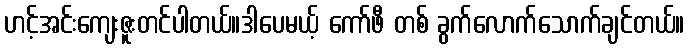
ဟင့်အင်းကျေးဇူးတင်ပါတယ်။ဒါပေမယ့် ကော်ဖီ တစ် ခွက်လောက်သောက်ချင်တယ်။